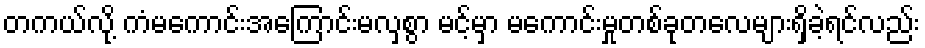
တကယ်လို့ ကံမကောင်းအကြောင်းမလှစွာ မင့်မှာ မကောင်းမှုတစ်ခုတလေများရှိခဲ့ရင်လည်း